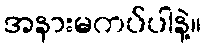
အနားမကပ်ပါနဲ့။